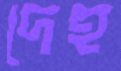
দেহ